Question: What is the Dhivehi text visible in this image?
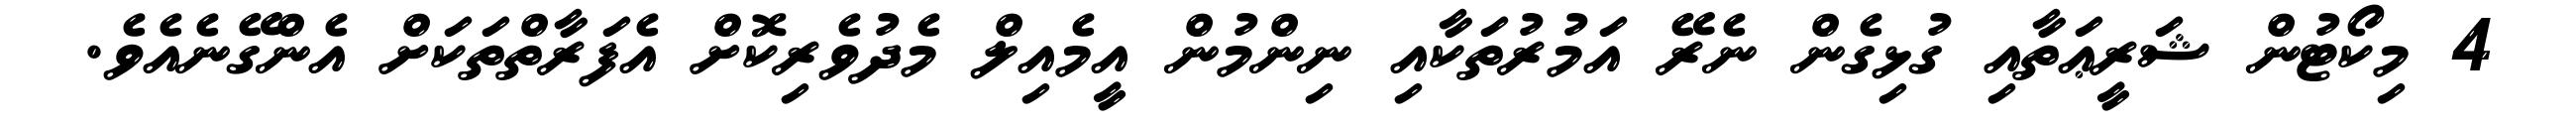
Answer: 4 މިކޯޓުން ޝަރީޢަތާއި ގުޅިގެން ނެރޭ އަމުރުތަކާއި ނިންމުން އީމެއިލް މެދުވެރިކޮށް އެފަރާތްތަކަށް އެންގޭނެއެވެ.